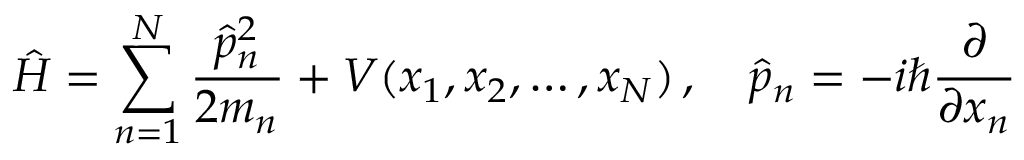
{ \hat { H } } = \sum _ { n = 1 } ^ { N } { \frac { { \hat { p } } _ { n } ^ { 2 } } { 2 m _ { n } } } + V ( x _ { 1 } , x _ { 2 } , \ldots , x _ { N } ) \, , \quad { \hat { p } } _ { n } = - i \hbar { \frac { \partial } { \partial x _ { n } } }